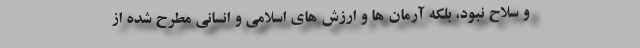
و سلاح نبود، بلکه آرمان ها و ارزش های اسلامی و انسانی مطرح شده از